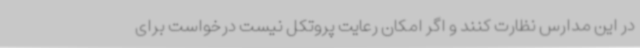
در این مدارس نظارت کنند و اگر امکان رعایت پروتکل نیست درخواست برای